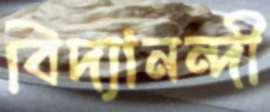
বিদ্যানন্দী